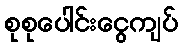
စုစုပေါင်းငွေကျပ်